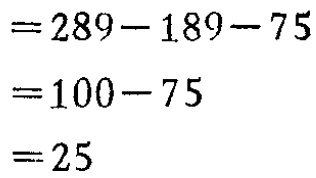
\begin{align*}
&=289 - 189 - 75\\
&=100 - 75\\
&=25
\end{align*}